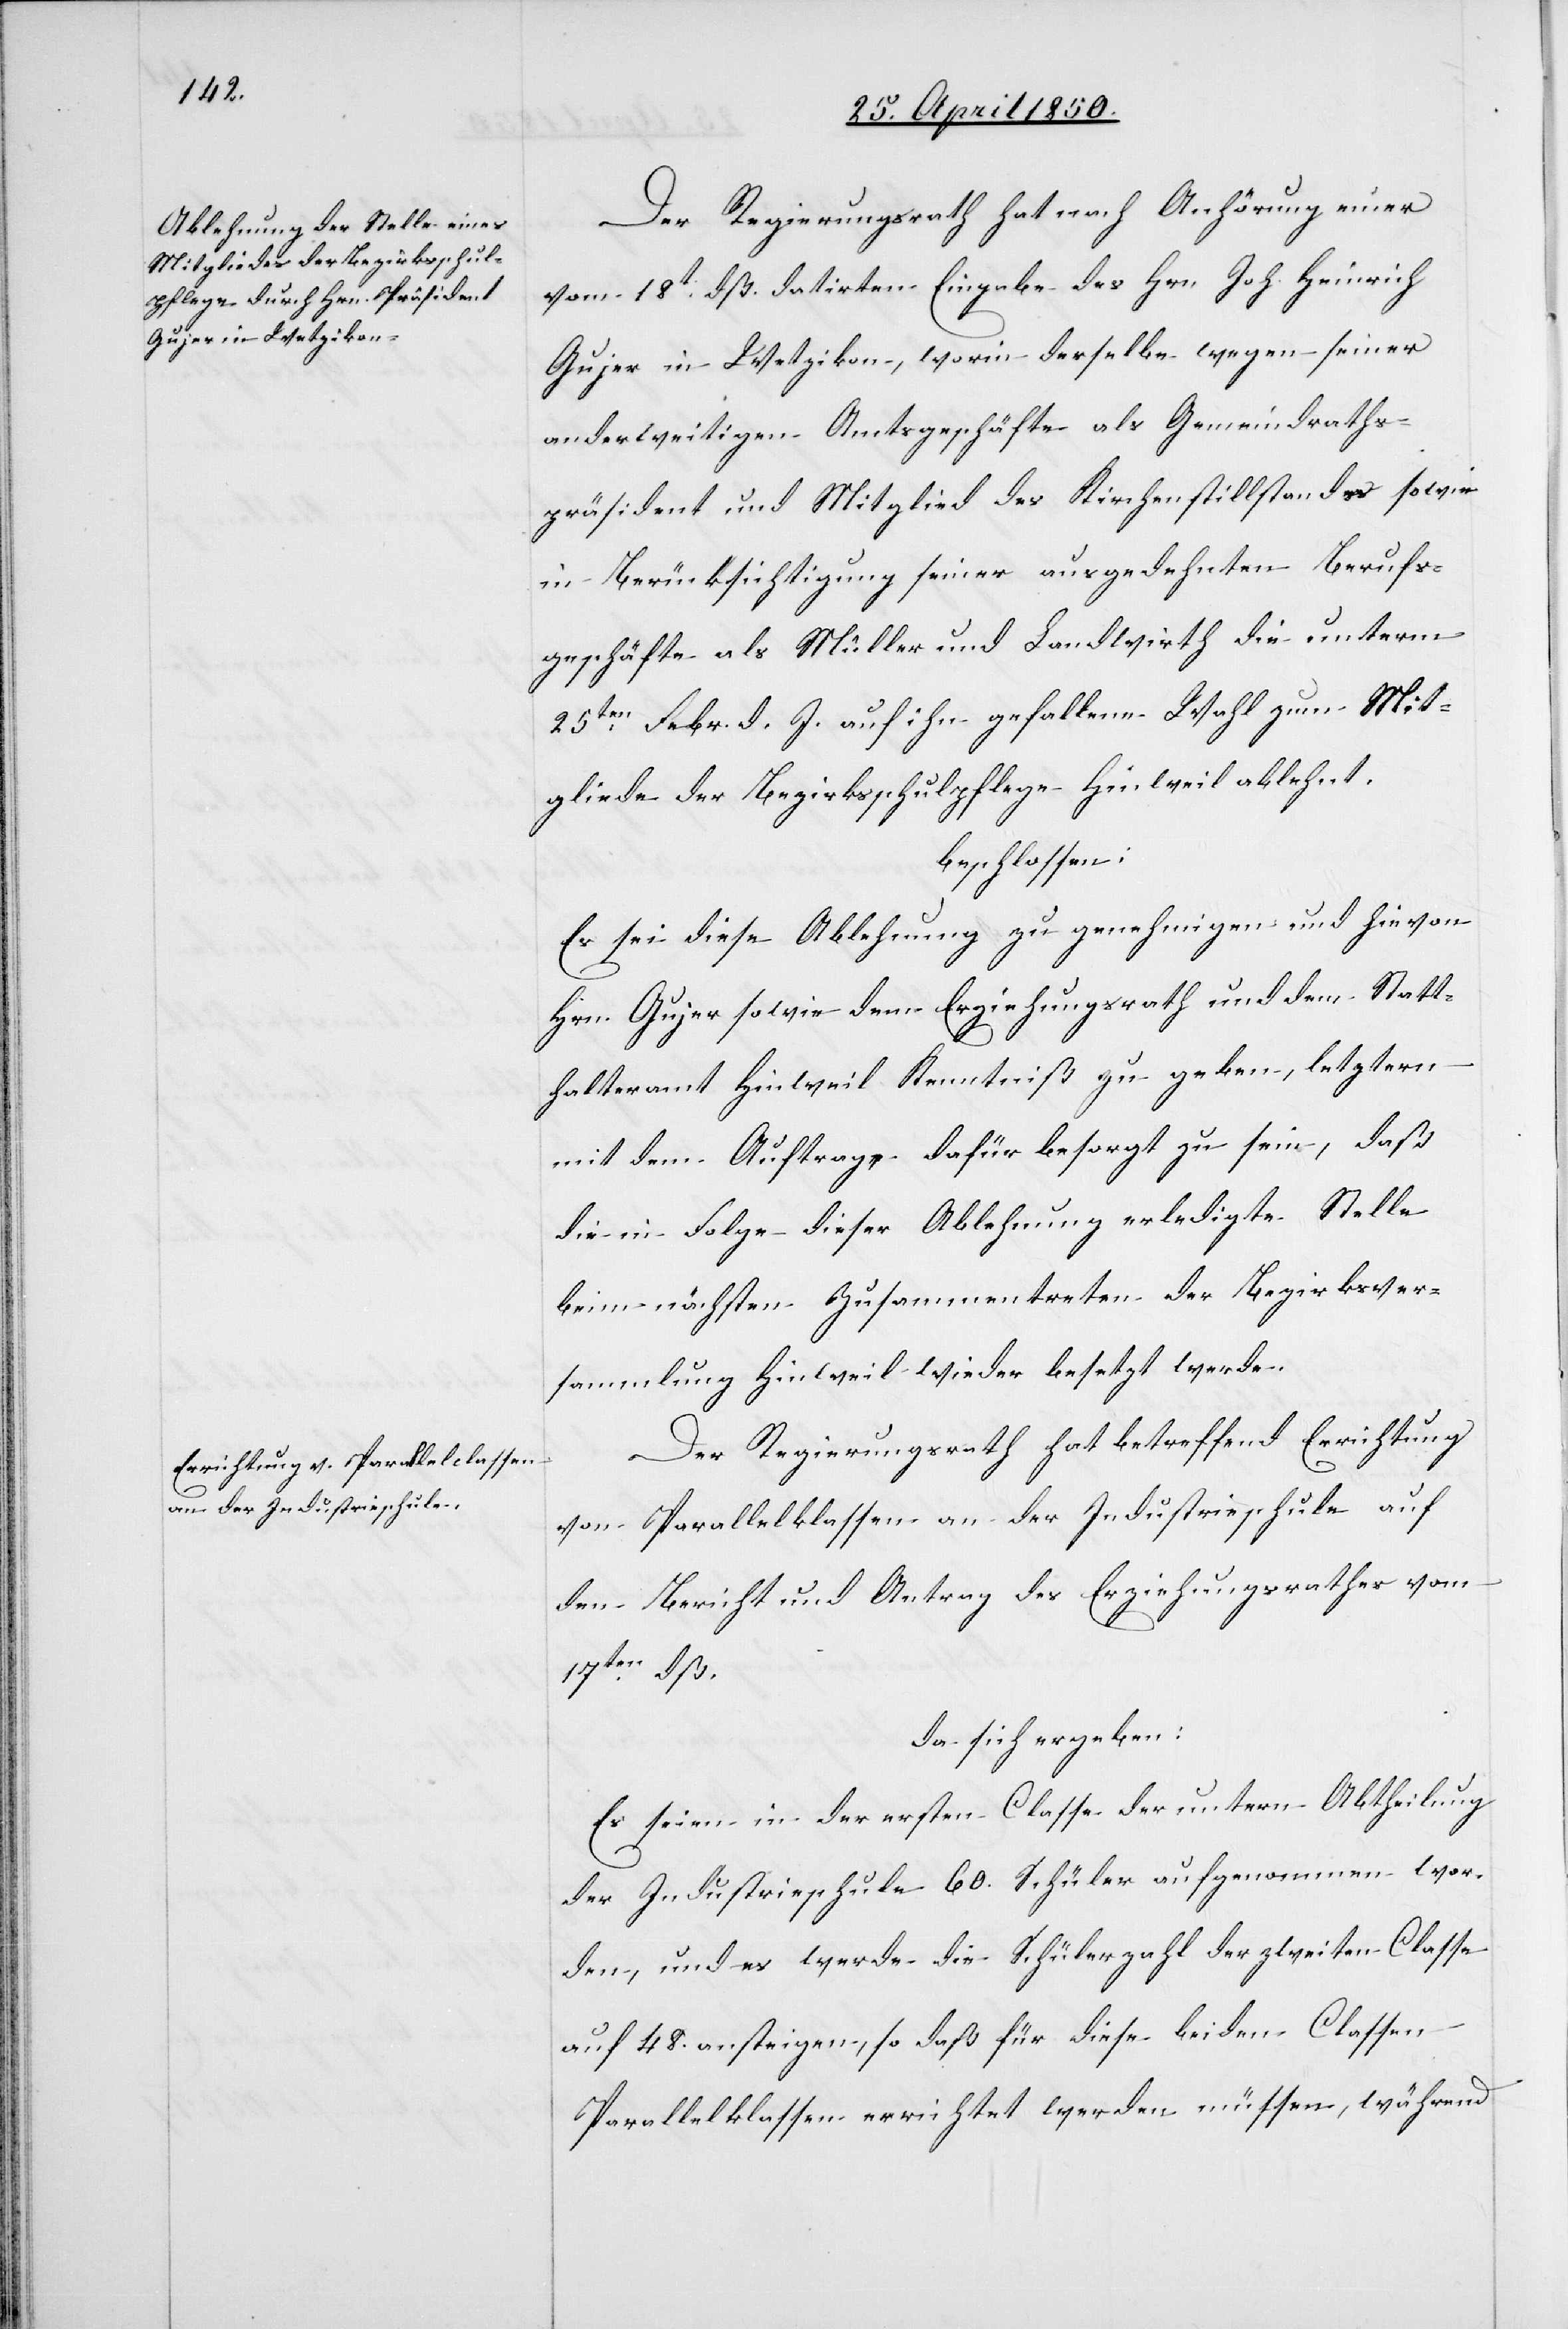
Der Regierungsrath hat nach Anhörung einer
vom 18t dß. datirten Eingabe des Hrn. Joh. Heinrich
Gujer in Wetzikon, worin derselbe wegen seiner
anderweitigen Amtsgeschäfte als Gemeindraths¬
präsident und Mitglied des Kirchenstillstandes sowie
in Berücksichtigung seiner ausgedehnten Berufs¬
geschäfte als Müller und Landwirth die unterm
25ten Febr. d. J. auf ihn gefallene Wahl zum Mit¬
glied der Bezirksschulpflege Hinweil ablehnt.
beschlossen:
Es sei diese Ablehnung zu genehmigen und hievon
Hrn. Gujer sowie dem Erziehungsrath und dem Statt¬
halteramt Hinweil Kenntniß zu geben, letztern
mit dem Auftrag, dafür besorgt zu sein, daß
die in Folge dieser Ablehnung erledigte Stelle
beim nächsten Zusammentreten der Bezirksver¬
sammlung Hinweil wieder besetzt werde.
Der Regierungsrath hat betreffend Errichtung
von Parallelklassen an der Industrieschule auf
den Bericht und Antrag des Erziehungsrathes vom
17ten dß.
da sich ergeben:
Es seien in der ersten Classe der untern Abtheilung
der Industrieschule 60. Schüler aufgenommen wor¬
den, und es werde die Schülerzahl der zweiten Classe
auf 48. ansteigen, so daß für diese beiden Classen
Parallelklassen errichtet werden müssen, während